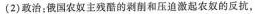
(2)政治：俄国农奴主残酷的剥削和压迫激起农奴的反抗，